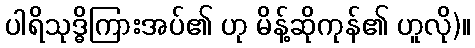
ပါရိသုဒ္ဓိကြားအပ်၏ ဟု မိန့်ဆိုကုန်၏ ဟူလို)။